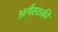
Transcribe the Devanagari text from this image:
अर्नस्टकी